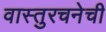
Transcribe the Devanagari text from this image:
वास्तुरचनेची